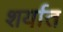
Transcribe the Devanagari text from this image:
शर्यात